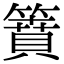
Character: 𥳡